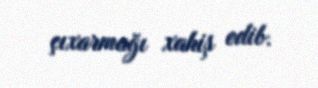
çıxarmağı xahiş edib.